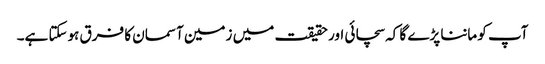
آپ کو ماننا پڑے گا کہ سچائی اور حقیقت میں زمین آسمان کا فرق ہوسکتا ہے۔